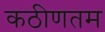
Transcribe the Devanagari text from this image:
कठीणतम